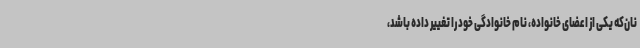
نان‌که یکی از اعضای خانواده، نام خانوادگی خود را تغییر داده باشد،